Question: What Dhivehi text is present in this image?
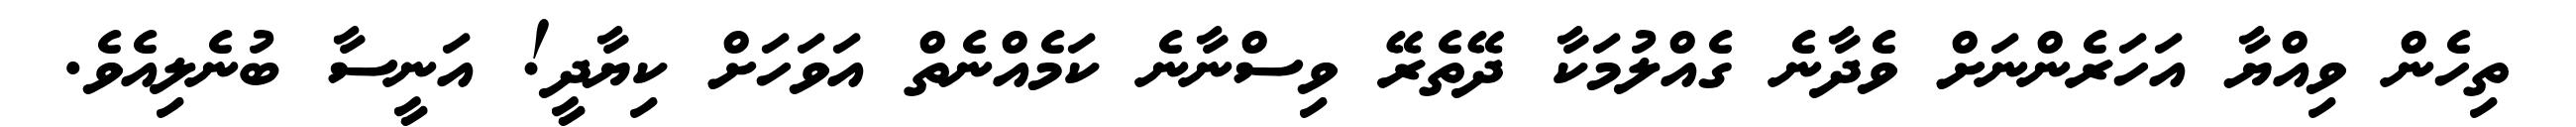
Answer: ތިހެން ވިއްޔާ އަހަރެންނަށް ވެދާނެ ގެއްލުމަކާ ދޭތެރޭ ވިސްނާނެ ކަމެއްނެތް އަވަހަށް ކިޔާދީ! އަނީސާ ބުނެލިއެވެ.